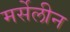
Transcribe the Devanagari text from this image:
मर्सेलीन